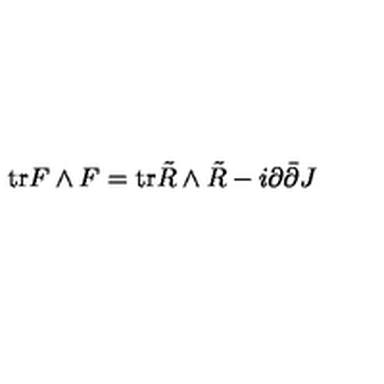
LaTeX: \mathrm { t r } F \wedge F = \mathrm { t r } \tilde { R } \wedge \tilde { R } - i \partial \bar { \partial } J \,